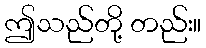
ဤသည်တို့ တည်း။